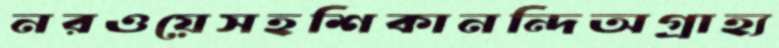
নরওয়েসহশিকানন্দিঅগ্রাহ্য